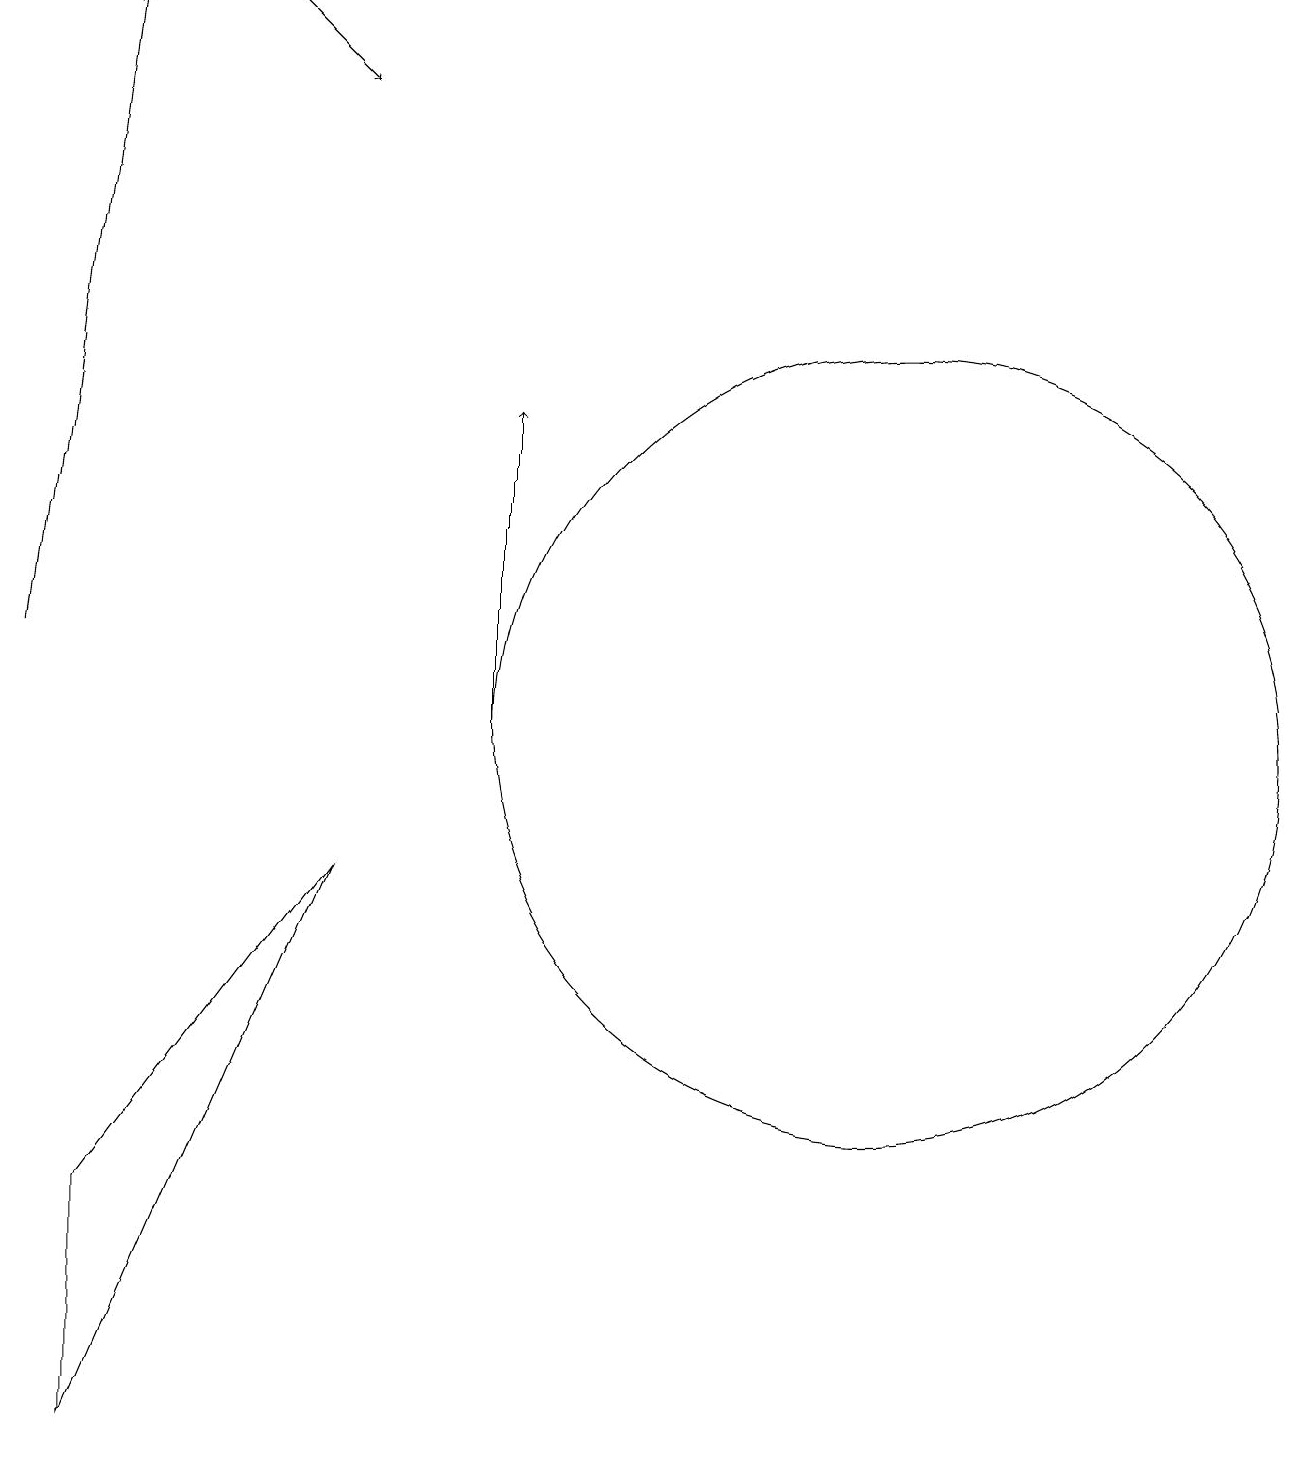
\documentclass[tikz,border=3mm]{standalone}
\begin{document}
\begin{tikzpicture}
\draw[->] (4,19) -- (5,18);
\draw[->] (7,10) -- (7,14);
\draw[->] (1,11) -- (2,19);
\draw (5,8) -- (2,1) -- (2,4) -- cycle;
\draw (12,10) circle (5);
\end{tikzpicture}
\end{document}